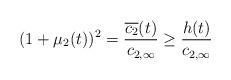
LaTeX: \begin{align*}(1+\mu_2(t))^2 = \frac{\overline{c_2}(t)}{c_{2,\infty}} \geq \frac{h(t)}{c_{2,\infty}}\end{align*}